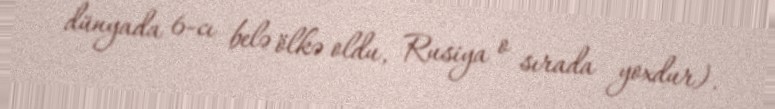
dünyada 6-cı belə ölkə oldu, Rusiya o sırada yoxdur).